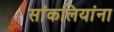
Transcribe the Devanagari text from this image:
सांकलियांना